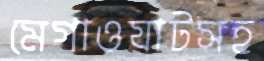
মেগাওয়াটসহ